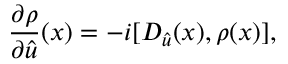
\frac { \partial \rho } { \partial \hat { u } } ( x ) = - i [ D _ { \hat { u } } ( x ) , \rho ( x ) ] ,